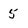
Character: 5